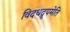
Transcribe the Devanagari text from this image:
विदधद्रूपमेति